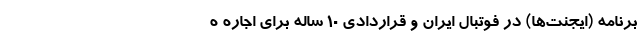
برنامه (ایجنت‌ها) در فوتبال ایران و قراردادی ۱۰ ساله برای اجاره ه